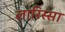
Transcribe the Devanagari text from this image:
लारिस्सा